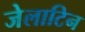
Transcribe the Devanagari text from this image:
जेलाटिन